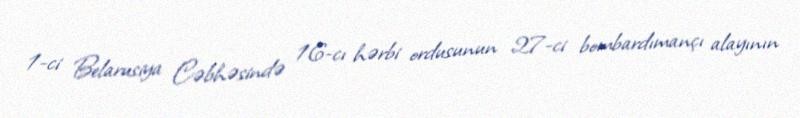
1-ci Belarusiya Cəbhəsində 16-cı hərbi ordusunun 27-ci bombardımançı alayının